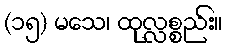
(၁၅) မသေ၊ ထုလ္လစ္စည်း။